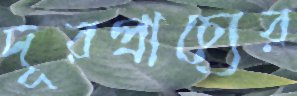
দূরপ্রাচ্যের